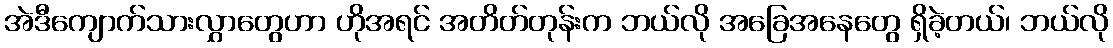
အဲဒီကျောက်သားလွှာတွေဟာ ဟိုအရင် အတိတ်တုန်းက ဘယ်လို အခြေအနေတွေ ရှိခဲ့တယ်၊ ဘယ်လို